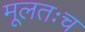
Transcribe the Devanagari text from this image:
मूलतःच